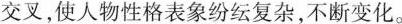
交叉,使人物性格表象纷纭复杂,不断变化。